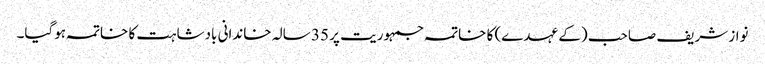
نواز شریف صاحب (کے عہدے) کا خاتمہ جمہوریت پر 35 سالہ خاندانی بادشاہت کا خاتمہ ہوگیا۔